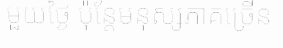
មួយថ្ងៃ ប៉ុន្តែមនុស្សភាគច្រើន